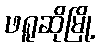
ဖရူဆိုမြို့